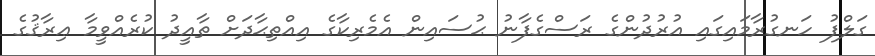
ގަލްފު ހަނގުރާމައިގައި އުރުދުންގެ ރަސްގެފާނު ޙުސައިން އެމެރިކާގެ އިއްތިޙާދަށް ތާއީދު ކުރެއްވީމާ ޢިރާޤުގެ